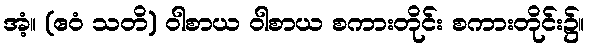
အံ့။ (ဧဝံ သတိ) ဝါစာယ ဝါစာယ စကားတိုင်း စကားတိုင်း၌။